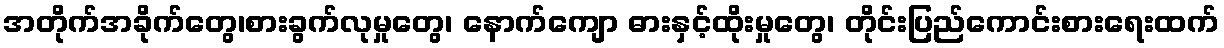
အတိုက်အခိုက်တွေ၊စားခွက်လုမှုတွေ၊ နောက်ကျော ဓားနှင့်ထိုးမှုတွေ၊ တိုင်းပြည်ကောင်းစားရေးထက်